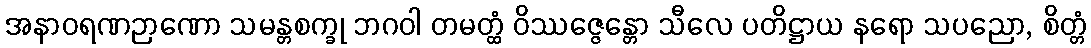
အနာဝရဏဉာဏော သမန္တစက္ခု ဘဂဝါ တမတ္ထံ ဝိဿဇ္ဇေန္တော သီလေ ပတိဋ္ဌာယ နရော သပညော, စိတ္တံ